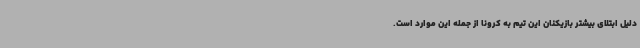
دلیل ابتلای بیشتر بازیکنان این تیم به کرونا از جمله این موارد است.